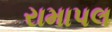
રામાપલ